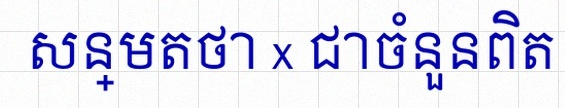
សន្មតថា x ជាចំនួនពិត